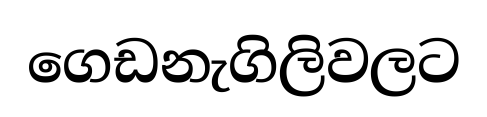
ගෙඩනැගිලිවලට